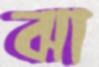
ঝা